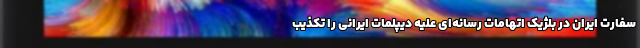
سفارت ایران در بلژیک اتهامات رسانه‌ای علیه دیپلمات ایرانی را تکذیب